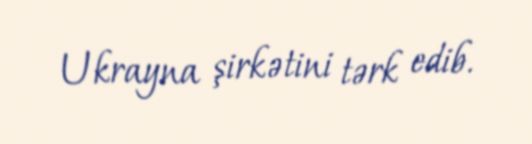
Ukrayna şirkətini tərk edib.